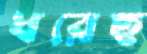
ধরেছ